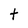
Character: t